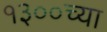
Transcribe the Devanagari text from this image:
१३००च्या